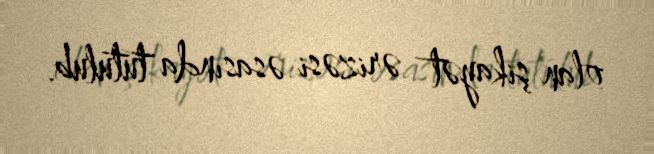
olan şikayət ərizəsi əsasında tutulub.